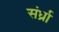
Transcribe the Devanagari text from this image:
संर्ध्रा